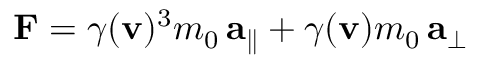
\mathbf { F } = \gamma ( \mathbf { v } ) ^ { 3 } m _ { 0 } \, \mathbf { a } _ { \parallel } + \gamma ( \mathbf { v } ) m _ { 0 } \, \mathbf { a } _ { \perp }